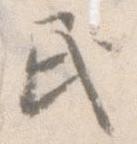
民